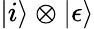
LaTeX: |i\rangle\otimes|\epsilon\rangle